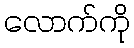
လောက်ကို